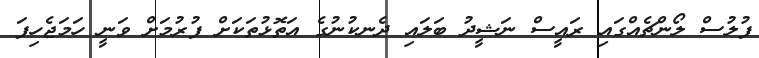
ފުލުސް ލޯންޗެއްގައި ރައީސް ނަޝީދު ބަލައި ދެނކުނުގެ އަތޮޅުތަކަށް ފުރުމަށް ވަނީ ހަމަޖެހިފަ